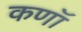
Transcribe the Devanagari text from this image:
कणॉ